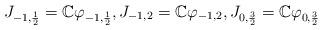
LaTeX: \begin{align*}J_{-1, \frac{1}2}=\Bbb C\varphi_{-1,\frac{1}2},J_{-1,2}=\Bbb C\varphi_{-1,2},J_{0,\frac 32}=\Bbb C\varphi_{0,\frac 32}\end{align*}